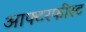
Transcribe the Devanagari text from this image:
आफ्टरफीस्ट